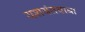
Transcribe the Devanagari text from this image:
यशवंतबाबा